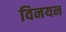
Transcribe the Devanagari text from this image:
विनयन